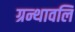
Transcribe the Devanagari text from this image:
ग्रन्थावलि